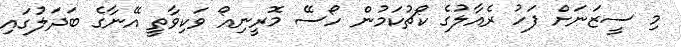
މި ސީޒަނަށް ފަހު ރެއާލުގެ ކޯޗުކަމުން ހޯސޭ މޮރީނިއޯ ވަކިވާތީ އޭނާގެ ބަދަލުގައި